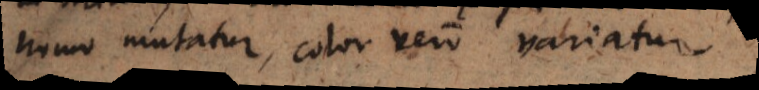
homo mutatur, color vero variatur.